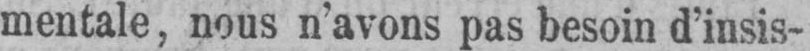
mentale, nous n’avons pas besoin d’insis-